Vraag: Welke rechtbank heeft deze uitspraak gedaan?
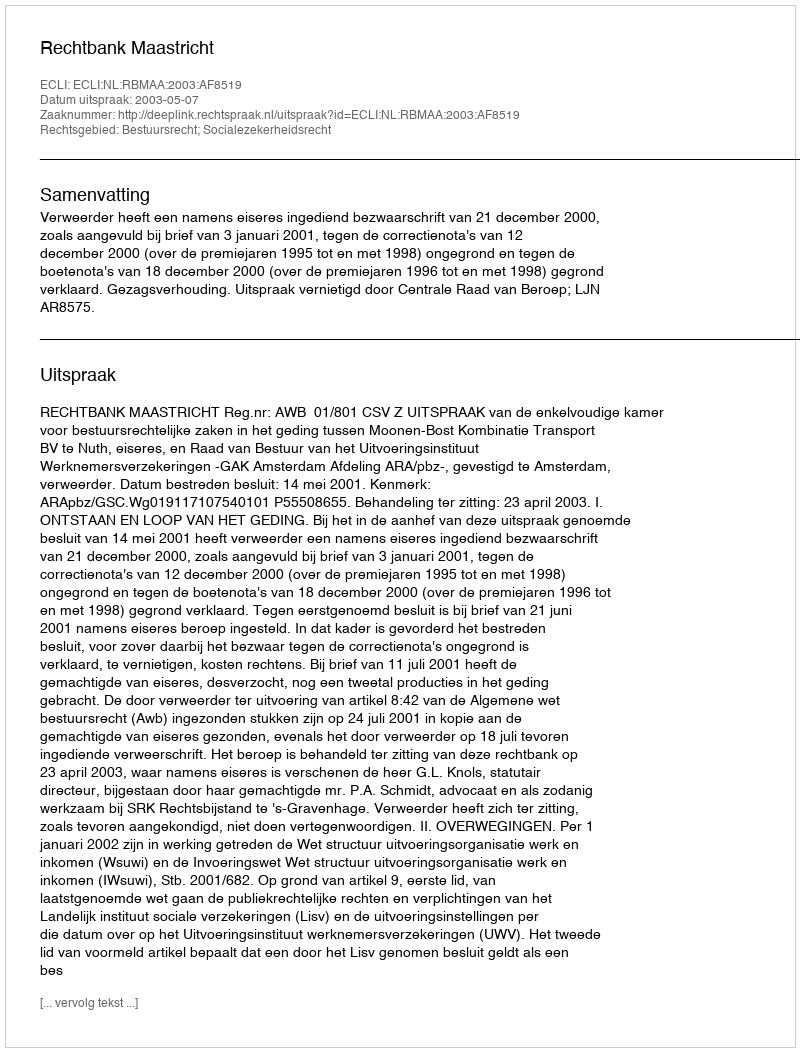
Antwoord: Rechtbank Maastricht